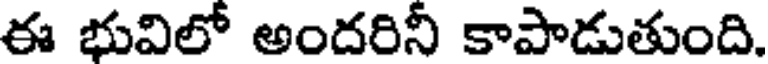
ఈ భువిలో అందరినీ కాపాడుతుంది.